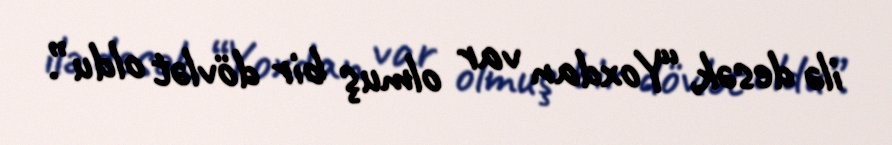
ilə desək, “Yoxdan var olmuş bir dövlət oldu”.